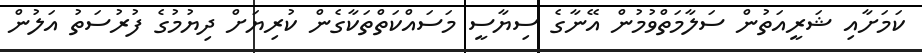
ކަމަށާއި ޝަރީއަތުން ސަލާމަތްވުމުން އޭނާގެ ސިޔާސީ މަސައްކަތްތަކާގެން ކުރިޔަށް ދިޔުމުގެ ފުރުސަތު އަލުން